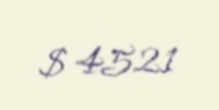
$ 4521